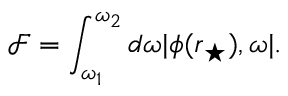
\mathcal { F } = \int _ { \omega _ { 1 } } ^ { \omega _ { 2 } } d \omega | \phi ( \boldsymbol { r } _ { \star } ) , \omega | .